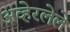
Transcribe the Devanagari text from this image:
अव्हेरलेले